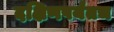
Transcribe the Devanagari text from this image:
दक्षिणपर्यंतच